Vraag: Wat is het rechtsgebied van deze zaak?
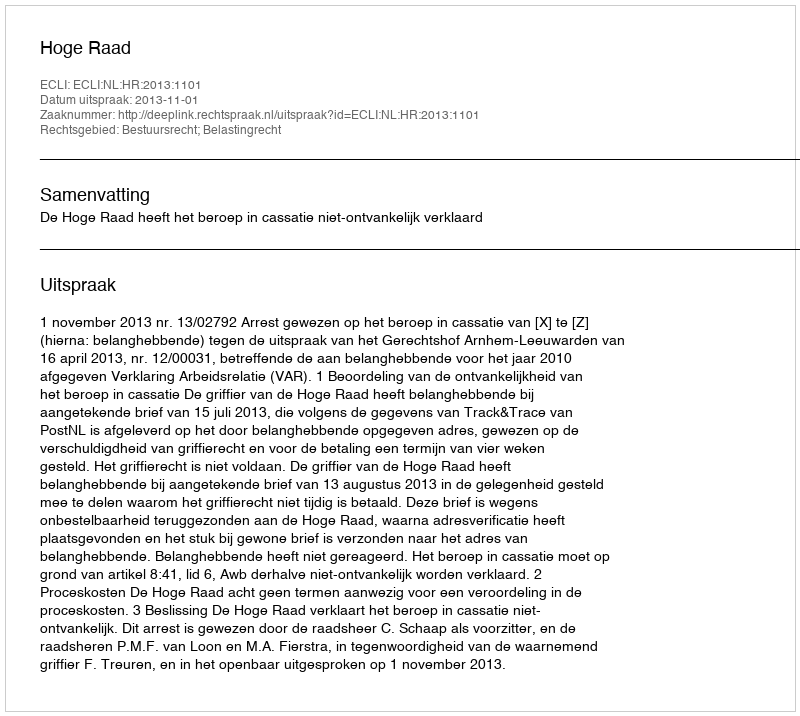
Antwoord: Bestuursrecht; Belastingrecht